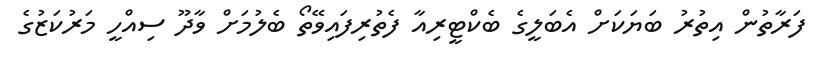
ފަރާތުން އިތުރު ބަޔަކަށް އެބަލީގެ ބެކްޓީރިއާ ފެތުރިފައިވޭތޯ ބެލުމަށް ވާދޫ ސިއްހީ މަރުކަޒުގެ